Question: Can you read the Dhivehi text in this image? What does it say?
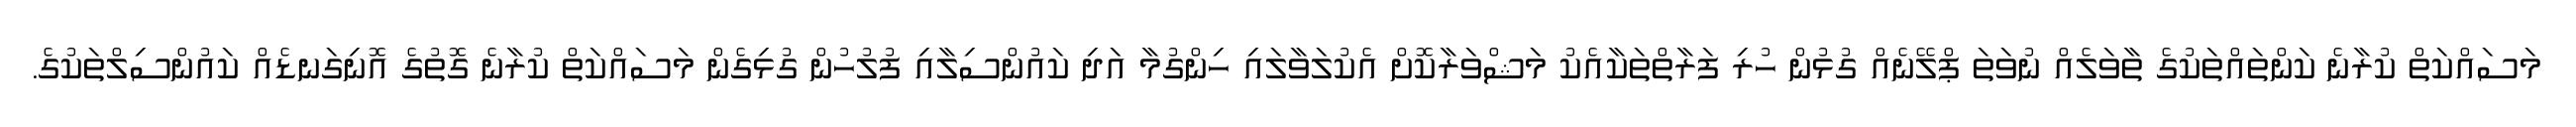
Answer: މަސައްކަތް ކުރާނެ ކަންތައްތަކުގެ ތާވަލެއް ނުވަތަ ޕްލޭނެއް ގުޅުން ހުރި ފަރާތްތަކާއެކު މަޝްވަރާކޮށް އެކުލަވާލައި ހިންގުމާ އަދި ކައުންސިލާއި ފުލުހުން ގުޅިގެން މަސައްކަތް ކުރާނެ ގޮތުގެ އޮނިގަނޑެއް ކައުންސިލްތަކުގެ.